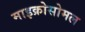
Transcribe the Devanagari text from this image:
माइक्रोसोमल